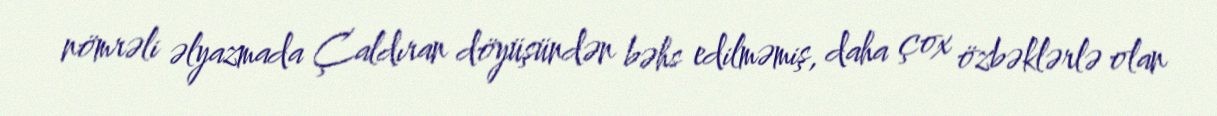
nömrəli əlyazmada Çaldıran döyüşündən bəhs edilməmiş, daha çox özbəklərlə olan